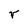
Character: r